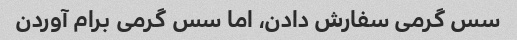
سس گرمی سفارش دادن، اما سس گرمی برام آوردن